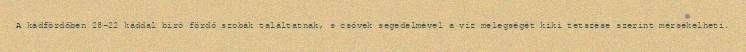
A kádfördőben 28–22 káddal biró fördő szobák találtatnak, s csővek segedelmével a víz melegségét kiki tetszése szerint mérsékelheti.